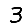
Digit: 3